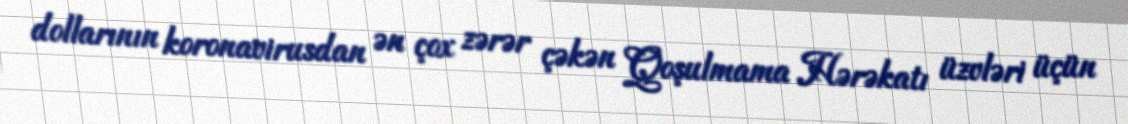
dollarının koronavirusdan ən çox zərər çəkən Qoşulmama Hərəkatı üzvləri üçün